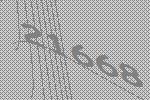
21668